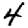
Digit: 4